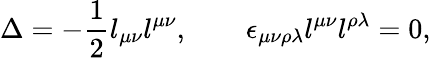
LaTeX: \Delta=-{\frac{1}{2}}l_{\mu\nu}l^{\mu\nu},\quad\quad\epsilon_{\mu\nu\rho\lambda}l^{\mu\nu}l^{\rho\lambda}=0,